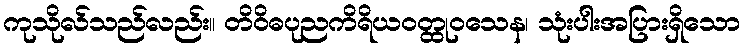
ကုသိုလ်သည်လည်း။ တိဝိဓပုညကိရိယဝတ္ထုဝသေန၊ သုံးပါးအပြားရှိသော